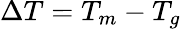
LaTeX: \Delta T=T_{m}-T_{g}